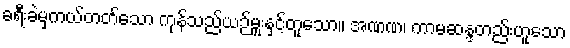
ခရီးခဲမှကယ်တတ်သော ကုန်သည်ယဉ်မှူးနှင့်တူသော။ အဏဏ၊ ကာမဆန္ဒတည်းဟူသော